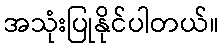
အသုံးပြုနိုင်ပါတယ်။